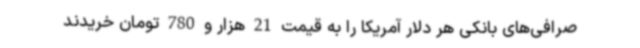
صرافی‌های بانکی هر دلار آمریکا را به قیمت 21 هزار و 780 تومان خریدند